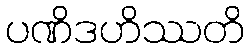
ပဏိဒဟိဿတိ